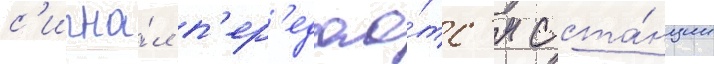
с'игна́л п'ер'едао́тс'я с ста́нции